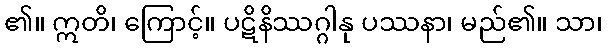
၏။ ဣတိ၊ ကြောင့်။ ပဋိနိဿဂ္ဂါနု ပဿနာ၊ မည်၏။ သာ၊